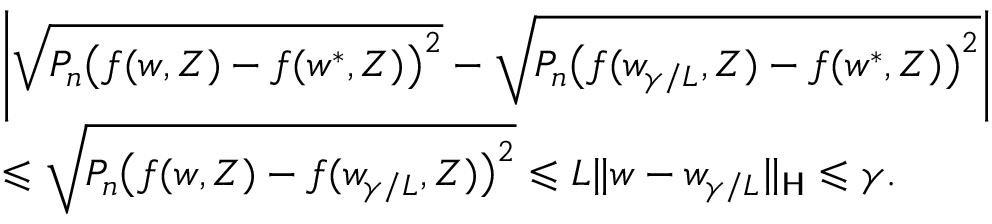
\begin{array} { r l } & { \left| \sqrt { P _ { n } \big ( f ( w , Z ) - f ( w ^ { * } , Z ) \big ) ^ { 2 } } - \sqrt { P _ { n } \big ( f ( w _ { \gamma / L } , Z ) - f ( w ^ { * } , Z ) \big ) ^ { 2 } } \right| } \\ & { \leqslant \sqrt { P _ { n } \big ( f ( w , Z ) - f ( w _ { \gamma / L } , Z ) \big ) ^ { 2 } } \leqslant L \| w - w _ { \gamma / L } \| _ { \mathsf H } \leqslant \gamma . } \end{array}